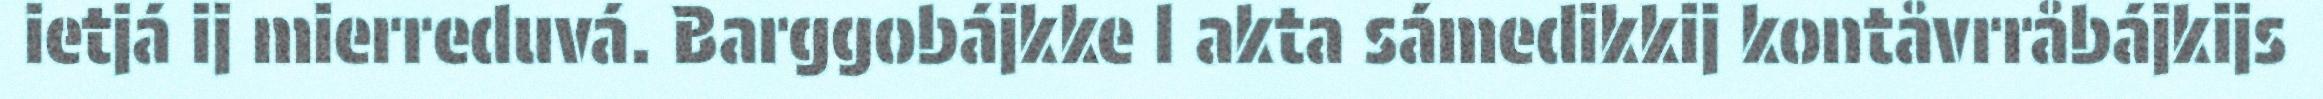
ietjá ij mierreduvá. Barggobájkke l akta sámedikkij kontåvrråbájkijs